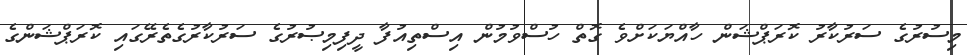
މިސުރުގެ ސަރުކާރު ކޮރަޕްޝަން ހާއްޔަކަށްވެ ގޮތް ހުސްވުމުން އިސްތިއުފާ ދީފިމިޞުރުގެ ސަރުކާރުގެތެރޭގައި ކޮރަޕްޝަންގެ